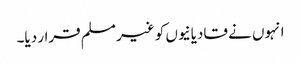
انہوں نے قادیانیوں کو غیر مسلم قرار دیا۔